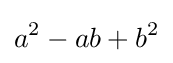
a^{2}-ab+b^{2}